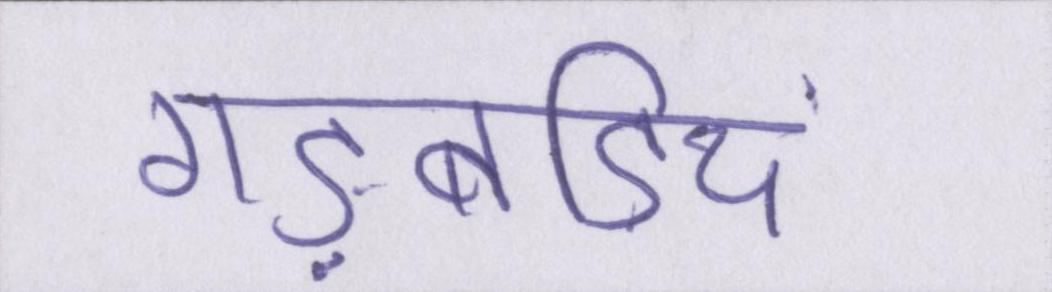
गड़बड़ियां